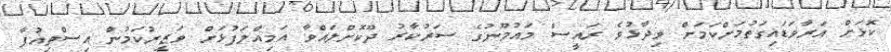
ކޮޅަށް އަރާވަޑައިގަތުމަށްކަމަށް ވިދާޅުވެ ރައީސް މައުމޫނުގެ ސަރުކާރު ދޫކޮށްލައްވާ އަމިއްލަފުޅަށް ވަޒީރުކަމުން އިސްތިއުފާ